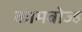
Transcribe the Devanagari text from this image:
कामबोज्ह